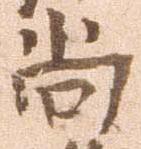
尚